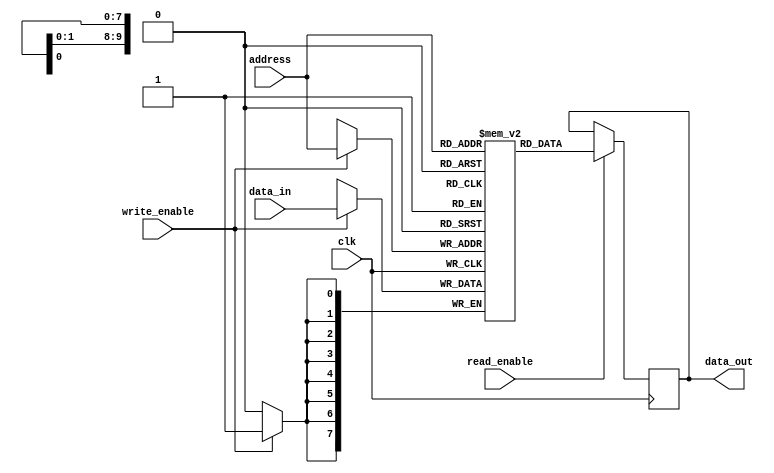
module memory_block (
  input wire [ADDR_WIDTH-1:0] address,
  input wire [DATA_WIDTH-1:0] data_in,
  output reg [DATA_WIDTH-1:0] data_out,
  input wire read_enable,
  input wire write_enable,
  input wire clk
);

parameter ADDR_WIDTH = 10;
parameter DATA_WIDTH = 8;

reg [DATA_WIDTH-1:0] memory [2**ADDR_WIDTH-1:0];

always @(posedge clk) begin
  if (read_enable) begin
    data_out <= memory[address];
  end
  if (write_enable) begin
    memory[address] <= data_in;
  end
end

endmodule